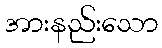
အားနည်းသော